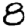
Digit: 8